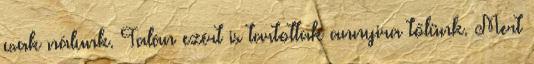
csak nálunk. Talán ezért is tartottak annyira tőlünk. Mert